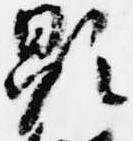
顕